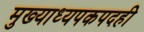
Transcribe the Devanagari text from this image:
मुख्याध्यपकपदही